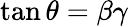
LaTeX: \tan\theta=\beta\gamma